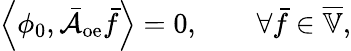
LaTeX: \left\langle\phi_{0},\bar{\mathcal{A}}_{\mathrm{oe}}\bar{f}\right\rangle=0,\qquad\forall\bar{f}\in\overline{{\mathbb{V}}},